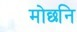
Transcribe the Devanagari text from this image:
मोछनि